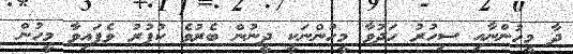
ދާ މީހުންނާއި ސިހުރު ހަދުވާ މީހުންނަކީ ދީނުން ބެރުވެ ކުފުރު ވެފައިވާ މީހުން